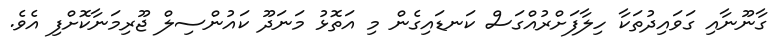
ގާނޫނާއި ގަވައިދުތަކާ ހިލާފަށްރުއްގަސް ކަނޑައިގެން މި އަތޮޅު މަނަދޫ ކައުންސިލް ޖޫރިމަނާކޮށްފި އެވެ.